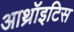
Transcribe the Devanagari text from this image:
आथ्रॉइटिस